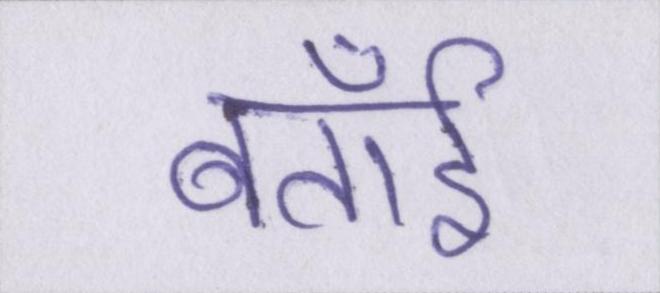
बताईँ